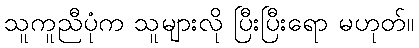
သူကူညီပုံက သူများလို ပြီးပြီးရော မဟုတ်။